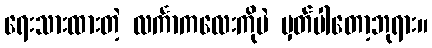
ရေးသားထားတဲ့ လင်္ကာကလေးကိုပဲ မှတ်ပါတော့ဘုရား။